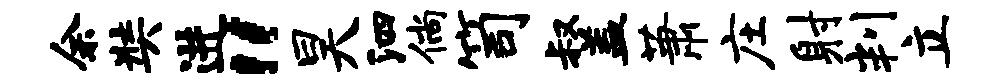
余奘进“昊泗倘笥叔盖萧庄射判立